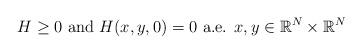
LaTeX: \begin{align*}H\ge 0 \mbox{ and } H (x, y, 0) = 0 \mbox{ a.e. } x,y \in \mathbb{R}^N\times \mathbb{R}^N\end{align*}